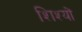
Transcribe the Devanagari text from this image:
शिश्यों